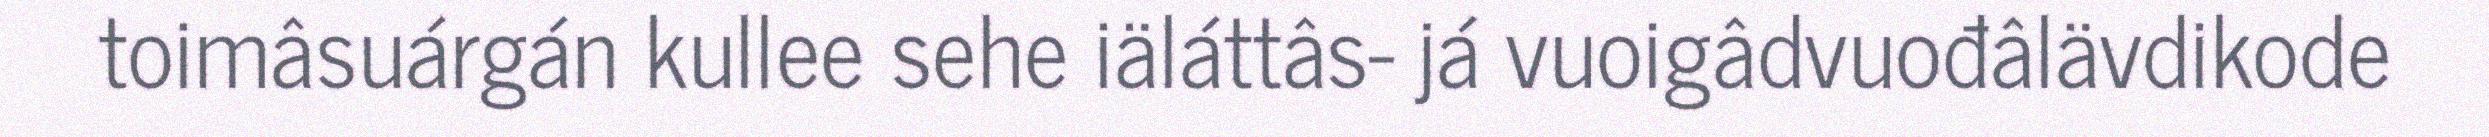
toimâsuárgán kullee sehe iäláttâs- já vuoigâdvuođâlävdikode